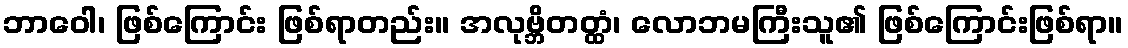
ဘာဝေါ၊ ဖြစ်ကြောင်း ဖြစ်ရာတည်း။ အလုဗ္ဘိတတ္ထံ၊ လောဘမကြီးသူ၏ ဖြစ်ကြောင်းဖြစ်ရာ။